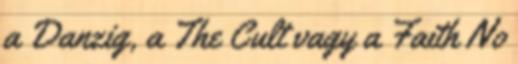
a Danzig, a The Cult vagy a Faith No